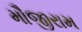
મૌજીરામ